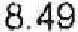
8.49